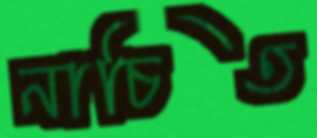
নাচিত